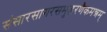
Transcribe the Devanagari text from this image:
संसारसागरसमुद्धरणैकमन्त्रम्